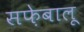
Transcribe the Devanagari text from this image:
सफ़ेबालू